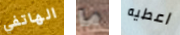
الهاتفي ما اعطيه